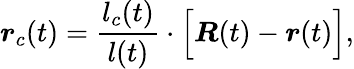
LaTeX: \boldsymbol{r}_{c}(t)=\frac{l_{c}(t)}{l(t)}\cdot\Big[\boldsymbol{R}(t)-\boldsymbol{r}(t)\Big],